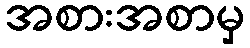
အစားအစာမှ